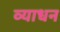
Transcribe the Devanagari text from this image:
व्याधन